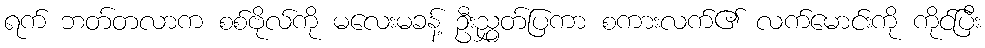
ရက် ဘတ်တလာက စစ်ဗိုလ်ကို မလေးမခန့် ဦးညွှတ်ပြကာ စကားလက်၏ လက်မောင်းကို ကိုင်ပြီး